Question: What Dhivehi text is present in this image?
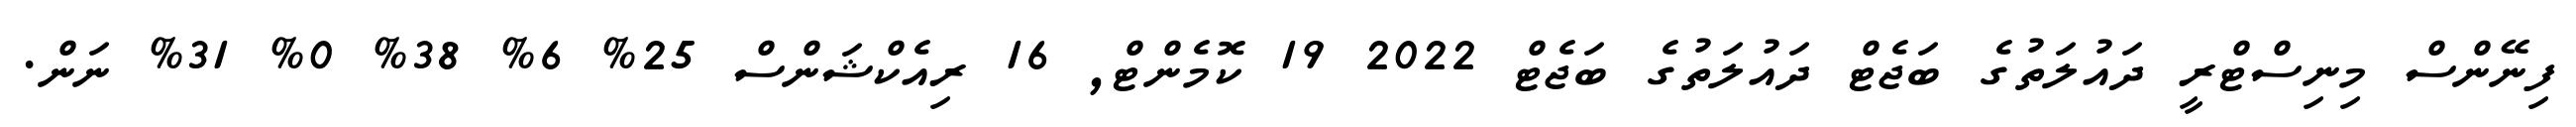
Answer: ފިނޭންސް މިނިސްޓްރީ ދައުލަތުގެ ބަޖެޓް ދައުލަތުގެ ބަޖެޓް 2022 19 ކޮމެންޓް, 16 ރިއެކްޝަންސް 25% 6% 38% 0% 31% ނަން.